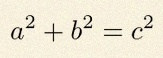
a^2+b^2=c^2